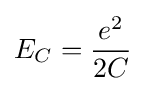
E_{C}={\frac {e^{2}}{2C}}